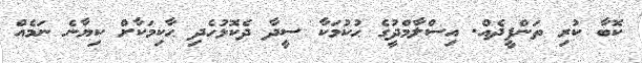
ކޮބާ ކުރި ތަންފީޛެއް. އިސްލާމްދީުގެ ޙުކުމަކާ ސީދާ ދެކޮޅުހެދި ޙާކިމަކާށް ކިޔާނެ ނަމެއް